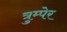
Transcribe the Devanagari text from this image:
त्रुम्पेर